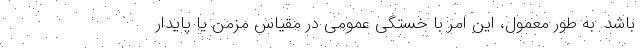
باشد. به طور معمول، این امر با خستگی عمومی در مقیاس مزمن یا پایدار